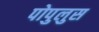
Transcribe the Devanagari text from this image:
पोपुलुस